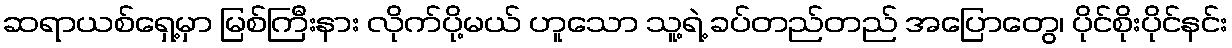
ဆရာယစ်ရှေ့မှာ မြစ်ကြီးနား လိုက်ပို့မယ် ဟူသော သူ့ရဲ့ ခပ်တည်တည် အပြောတွေ၊ ပိုင်စိုးပိုင်နင်း